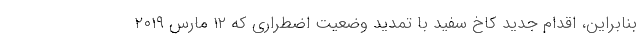
بنابراین، اقدام جدید کاخ سفید با تمدید وضعیت اضطراری که ۱۲ مارس ۲۰۱۹